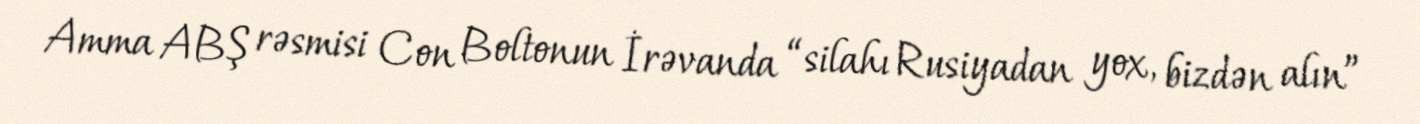
Amma ABŞ rəsmisi Con Boltonun İrəvanda “silahı Rusiyadan yox, bizdən alın”